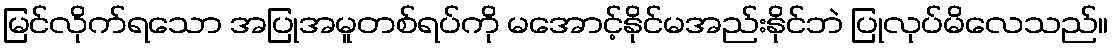
မြင်လိုက်ရသော အပြုအမူတစ်ရပ်ကို မအောင့်နိုင်မအည်းနိုင်ဘဲ ပြုလုပ်မိလေသည်။